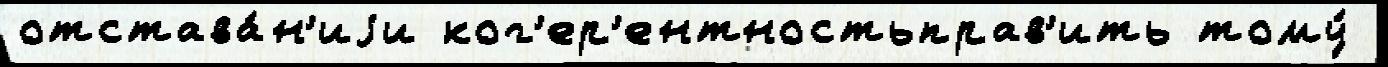
отстава́н'иjи ког'ер'ентностьправ'ить тому́